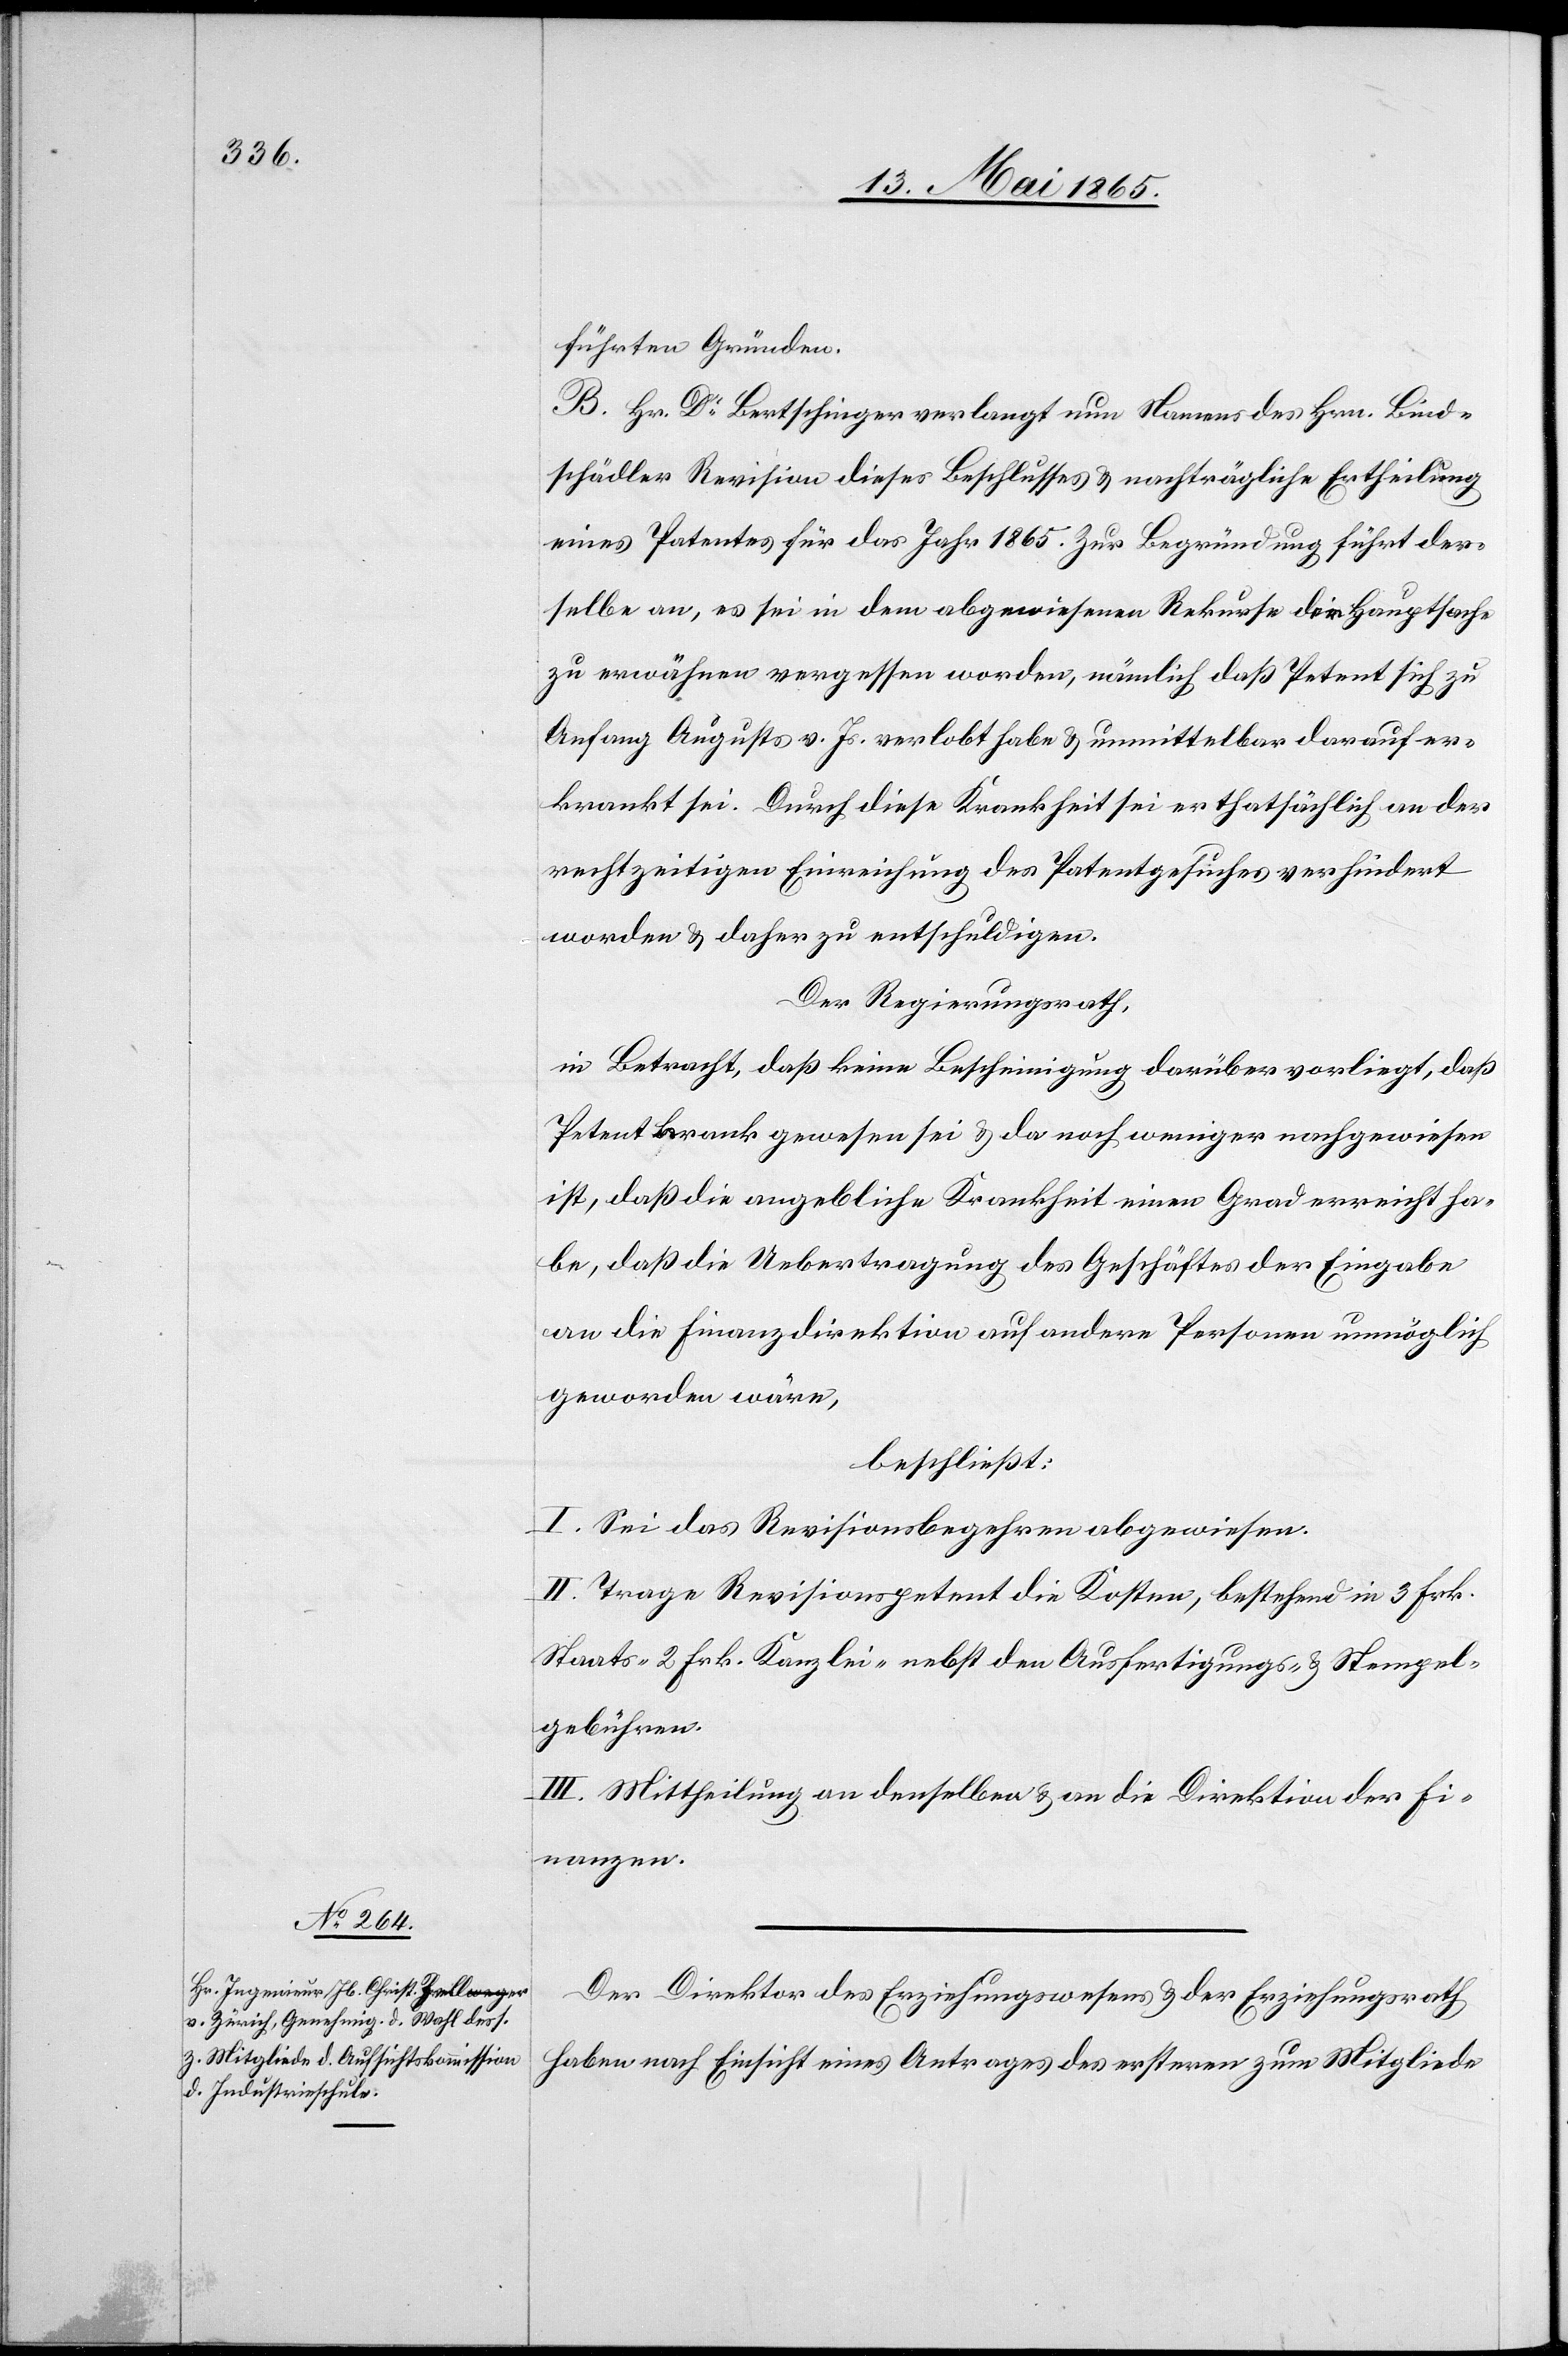
führten Gründen.
B. Hr. Dr Bertschinger verlangt nun Namens des Hrn. Bind¬
schädler Revision dieses Beschlusses & nachträgliche Ertheilung
eines Patentes für das Jahr 1865. Zur Begründung führt der¬
selbe an, es sei in dem abgewiesenen Rekurse die Hauptsache
zu erwähnen vergessen worden, nämlich daß Petent sich zu
Anfang Augusts v. Js. verlobt habe & unmittelbar darauf er¬
krankt sei. Durch diese Krankheit sei er thatsächlich an der
rechtzeitigen Einreichung des Patentgesuches verhindert
worden & daher zu entschuldigen.
Der Regierungsrath,
in Betracht, daß keine Bescheinigung darüber vorliegt, daß
Petent krank gewesen sei & da noch weniger nachgewiesen
ist, daß die angebliche Krankheit einen Grad erreicht ha¬
be, daß die Uebertragung des Geschäftes der Eingabe
an die Finanzdirektion auf andere Personen unmöglich
geworden wäre,
beschließt:
I. Sei das Revisionsbegehren abgewiesen.
II. Trage Revisionspetent die Kosten, bestehend in 3 Frk.
Staats-[,] 2 Frk. Kanzlei- nebst den Ausfertigungs- & Stempel¬
gebühren.
III. Mittheilung an denselben & an die Direktion der Fi¬
nanzen.
Der Direktor des Erziehungswesens & der Erziehungsrath
haben nach Einsicht eines Antrages des ersteren zum Mitgliede